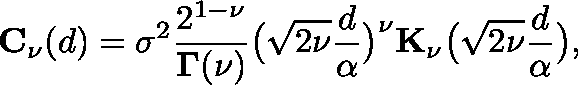
\mathbf { C } _ { \nu } ( d ) = \sigma ^ { 2 } \frac { 2 ^ { 1 - \nu } } { \mathbf { \Gamma } ( \nu ) } \big ( \sqrt { 2 \nu } \frac { d } { \alpha } \big ) ^ { \nu } \mathbf { K } _ { \nu } \big ( \sqrt { 2 \nu } \frac { d } { \alpha } \big ) ,